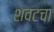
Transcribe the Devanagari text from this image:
शवटचा